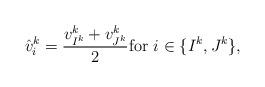
LaTeX: \begin{align*} \hat v_i^k = \frac{ v^k_{I^{k}} + v^k_{J^{k}}}{2} \mbox{for } i \in \{I^k,J^k\},\end{align*}